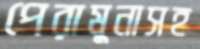
পেরামুনাসহ